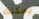
يمكنك